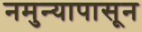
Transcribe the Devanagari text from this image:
नमुन्यापासून